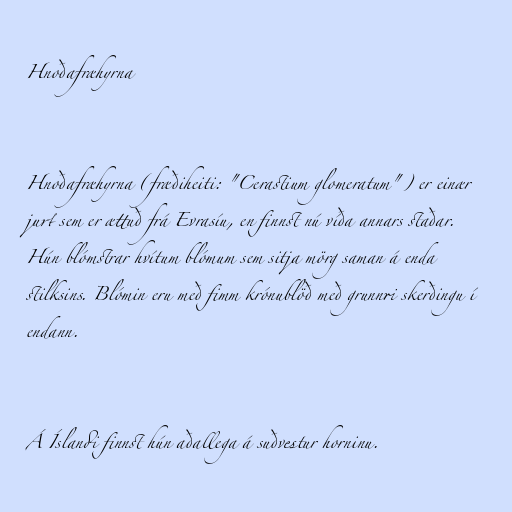
Hnoðafræhyrna

Hnoðafræhyrna (fræðiheiti: "Cerastium glomeratum") er einær
jurt sem er ættuð frá Evrasíu, en finnst nú víða annars staðar.
Hún blómstrar hvítum blómum sem sitja mörg saman á enda
stilksins. Blómin eru með fimm krónublöð með grunnri skerðingu í
endann.

Á Íslandi finnst hún aðallega á suðvestur horninu.